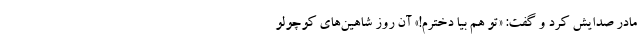
مادر صدایش کرد و گفت: «تو هم بیا دخترم!» آن روز شاهین‌های کوچولو